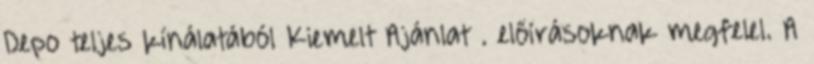
Depo teljes kínálatából Kiemelt Ajánlat . előírásoknak megfelel. A